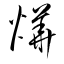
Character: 爗